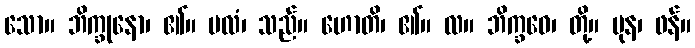
သော။ ဘိက္ခုနော၊ ၏။ ဗလံ၊ သည်။ ဟောတိ၊ ၏။ လ။ ဘိက္ခဝေ၊ တို့။ ပုန၊ ဖန်။